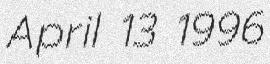
April 13 1996